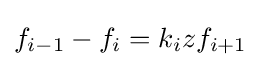
f_{i-1}-f_{i}=k_{i}zf_{i+1}